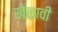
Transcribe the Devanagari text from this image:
खेळावी